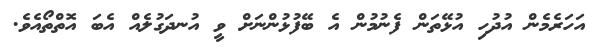
އަހަރެމެން އުދުހި އުޅޭތަން ފެނުމުން އެ ބޭފުޅުންނަށް ވީ އުނދަގުލެއް އެބަ އޮތްތޯއެވެ.